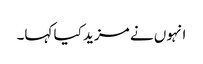
انہوں نے مزید کیا کہا۔